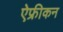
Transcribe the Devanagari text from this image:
ऐफ्रीकन